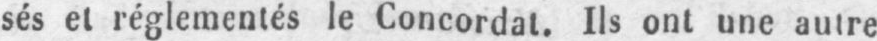
sés et réglementés le Concordat. Ils ont une autre